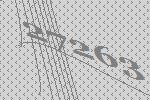
27263